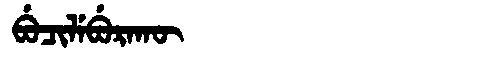
Manchu: ᠪᡠᠴᡳᠯᡝᠪᡠᡵᠠᡴᡡ
Romanization: BUCILEBURAKŪ